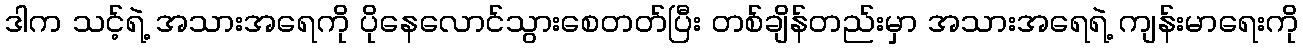
ဒါက သင့်ရဲ့ အသားအရေကို ပိုနေလောင်သွားစေတတ်ပြီး တစ်ချိန်တည်းမှာ အသားအရေရဲ့ ကျန်းမာရေးကို